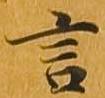
言